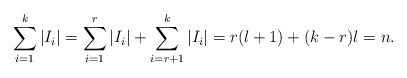
\begin{align*}\sum_{i=1}^k |I_i| = \sum_{i=1}^r |I_i| + \sum_{i=r+1}^k |I_i| = r (l + 1) + (k - r) l = n.\end{align*}